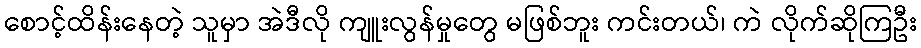
စောင့်ထိန်းနေတဲ့ သူမှာ အဲဒီလို ကျူးလွန်မှုတွေ မဖြစ်ဘူး ကင်းတယ်၊ ကဲ လိုက်ဆိုကြဦး